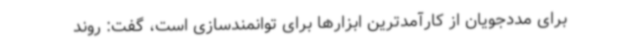
برای مددجویان از کارآمدترین ابزارها برای توانمندسازی است، گفت: روند